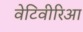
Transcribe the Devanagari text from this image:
वेटिवीरिआ